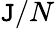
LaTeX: \mathtt{J}/N